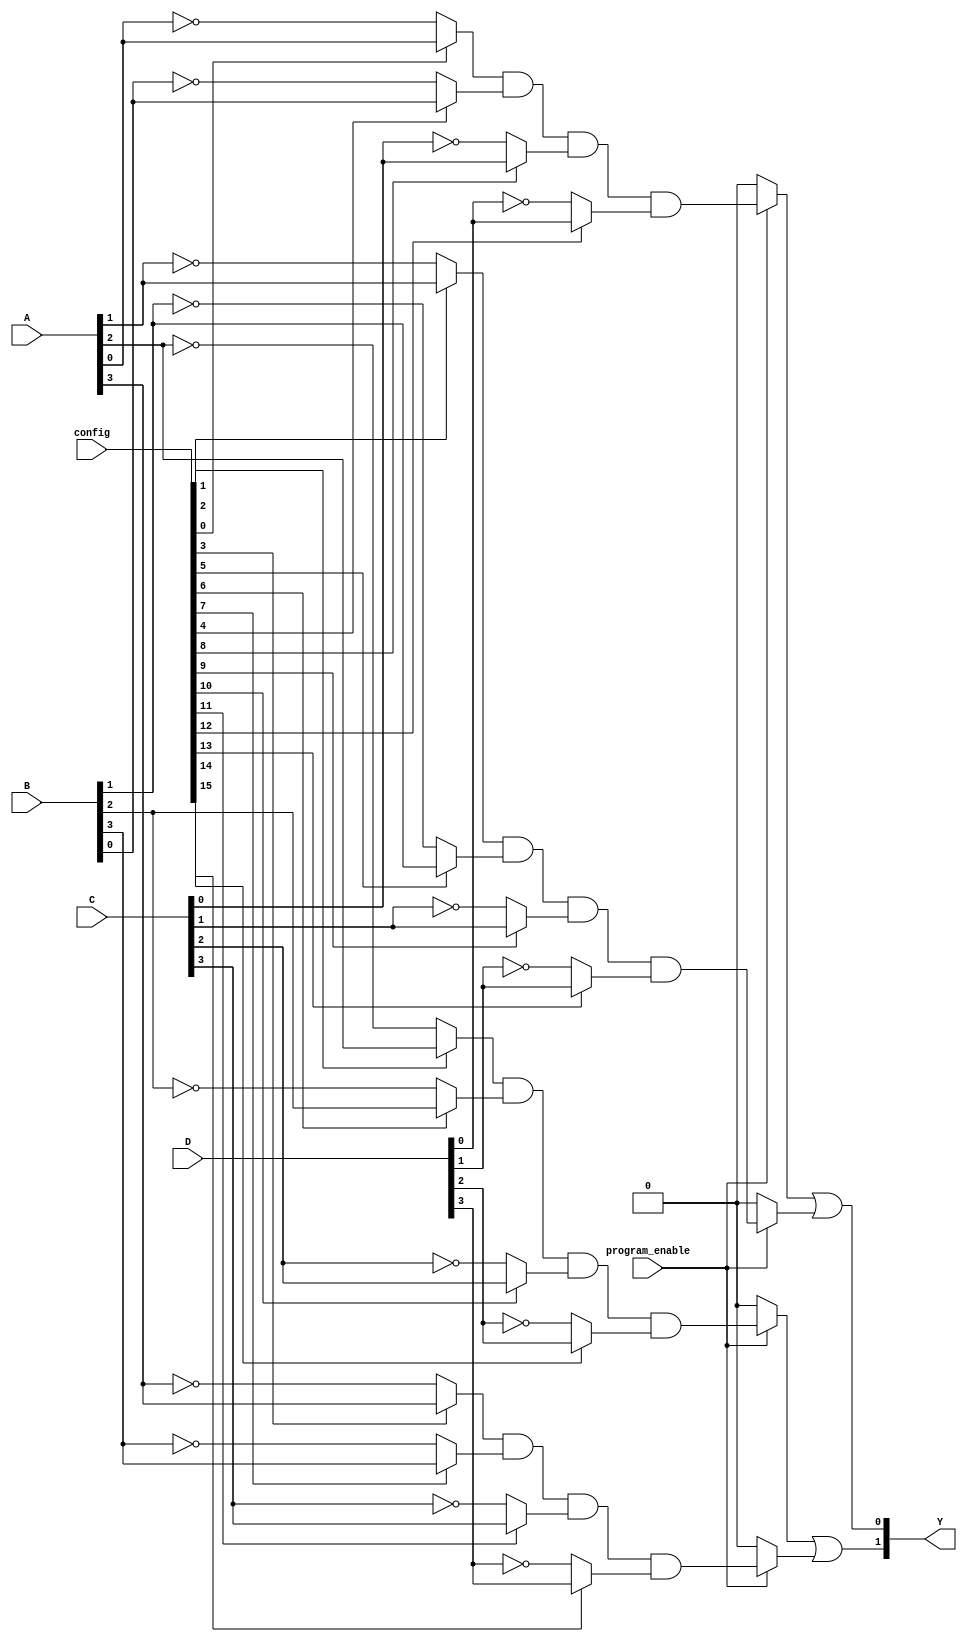
module flash_programmable_pal (
    input wire [3:0] A,      // 4 input lines (A0, A1, A2, A3)
    input wire [3:0] B,      // 4 input lines (B0, B1, B2, B3)
    input wire [3:0] C,      // 4 input lines (C0, C1, C2, C3)
    input wire [3:0] D,      // 4 input lines (D0, D1, D2, D3)
    input wire [15:0] config, // Configuration bits for programmable AND gates
    input wire program_enable, // Control signal for programming
    output wire [1:0] Y      // 2 output lines (Y1, Y2)
);

    // Internal signals for AND gate outputs
    wire [3:0] and_out;

    // Programmable AND gates implementation
    generate
        genvar i;
        for (i = 0; i < 4; i = i + 1) begin : and_gates
            wire a_in = (config[i] == 1'b1) ? A[i] : ~A[i]; // Direct or inverted input
            wire b_in = (config[i + 4] == 1'b1) ? B[i] : ~B[i]; // Direct or inverted input
            wire c_in = (config[i + 8] == 1'b1) ? C[i] : ~C[i]; // Direct or inverted input
            wire d_in = (config[i + 12] == 1'b1) ? D[i] : ~D[i]; // Direct or inverted input

            assign and_out[i] = program_enable ? (a_in & b_in & c_in & d_in) : 1'b0; // AND gate output
        end
    endgenerate

    // Fixed OR gates implementation
    assign Y[0] = and_out[0] | and_out[1]; // OR gate combining outputs from AND gates
    assign Y[1] = and_out[2] | and_out[3]; // Another OR gate combining outputs from AND gates

endmodule